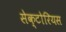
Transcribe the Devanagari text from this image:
सेक्टोरियस